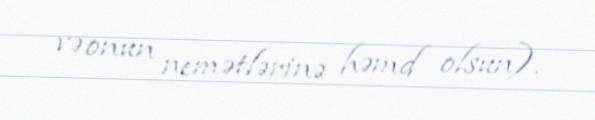
və onun nemətlərinə həmd olsun).